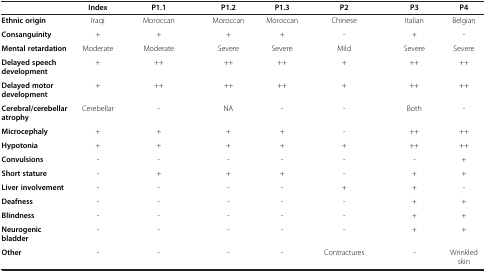
|  | Index | P1.1 | P1.2 | P1.3 | P2 | P3 | P4 |
 | --- | --- | --- | --- | --- | --- | --- | --- |
 | Ethnic origin | Iraqi | Moroccan | Moroccan | Moroccan | Chinese | Italian | Belgian |
 | Consanguinity | + | + | + | + | - | + | - |
 | Mental retardation | Moderate | Moderate | Severe | Severe | Mild | Severe | Severe |
 | Delayed speech development | + | ++ | ++ | ++ | + | ++ | ++ |
 | Delayed motor development | + | ++ | ++ | ++ | + | ++ | ++ |
 | Cerebral/cerebellar atrophy | Cerebellar | - | NA | - | - | Both | - |
 | Microcephaly | + | + | + | + | - | ++ | ++ |
 | Hypotonia | + | + | + | + | + | ++ | ++ |
 | Convulsions | - | - | - | - | - | - | + |
 | Short stature | - | + | + | + | - | + | + |
 | Liver involvement | - | - | - | - | + | + | - |
 | Deafness | - | - | - | - | - | + | + |
 | Blindness | - | - | - | - | - | + | + |
 | Neurogenic bladder | - | - | - | - | - | + | + |
 | Other |  | - | - | - | - | Contractures | - | Wrinkled skin |